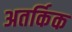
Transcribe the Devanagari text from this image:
अतर्किक